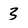
Character: 3